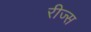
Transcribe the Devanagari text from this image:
रीज्स